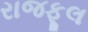
રાજફૂલ